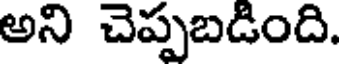
అని చెప్పబడింది.